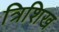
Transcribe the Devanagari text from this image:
त्रिशिख